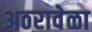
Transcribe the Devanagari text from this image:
अठरावेळा